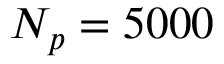
N _ { p } = 5 0 0 0